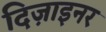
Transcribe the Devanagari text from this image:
दिज़ाइनर